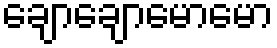
ချောချောမောမော